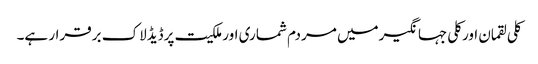
کلی لقمان اورکلی جہانگیرمیں مردم شماری اورملکیت پرڈیڈلاک برقرار ہے۔